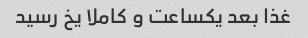
غذا بعد یکساعت و کاملا یخ رسید